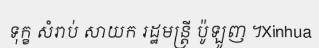
ទុក្ខ សំរាប់ សាយក រដ្ឋមន្ត្រី ប៉ូឡូញ ។Xinhua